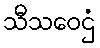
သီသဝေဌံ